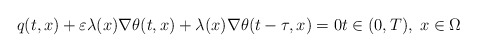
\begin{align*} q(t, x) + \varepsilon \lambda(x) \nabla \theta(t, x) + \lambda(x) \nabla \theta(t - \tau, x) = 0 t \in (0, T), \; x \in \Omega \end{align*}